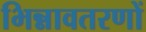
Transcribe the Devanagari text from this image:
भिन्नावतरणों